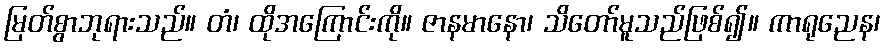
မြတ်စွာဘုရားသည်။ တံ၊ ထိုအကြောင်းကို။ ဇာနမာနော၊ သိတော်မူသည်ဖြစ်၍။ ကာရုညေန၊